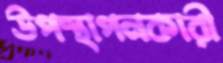
উপস্থাপনকারী